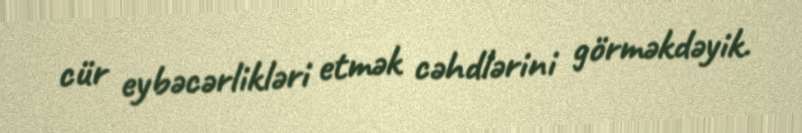
cür eybəcərlikləri etmək cəhdlərini görməkdəyik.